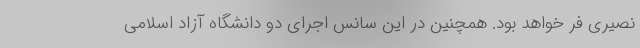
نصیری فر خواهد بود. همچنین در این سانس اجرای دو دانشگاه آزاد اسلامی